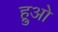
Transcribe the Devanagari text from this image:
ह्रुओ